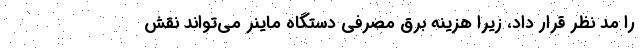
را مد نظر قرار داد، زیرا هزینه برق مصرفی دستگاه ماینر می‌تواند نقش